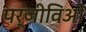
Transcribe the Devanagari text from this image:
पर्जीविओं